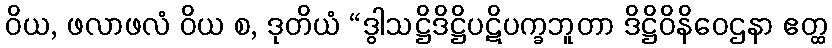
ဝိယ, ဖလာဖလံ ဝိယ စ, ဒုတိယံ “ဒွါသဋ္ဌိဒိဋ္ဌိပဋိပက္ခဘူတာ ဒိဋ္ဌိဝိနိဝေဌနာ ဧတ္ထ